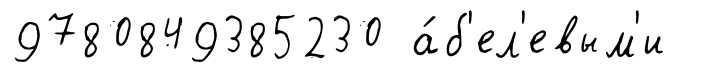
9780849385230 а́б'ел'евым'и